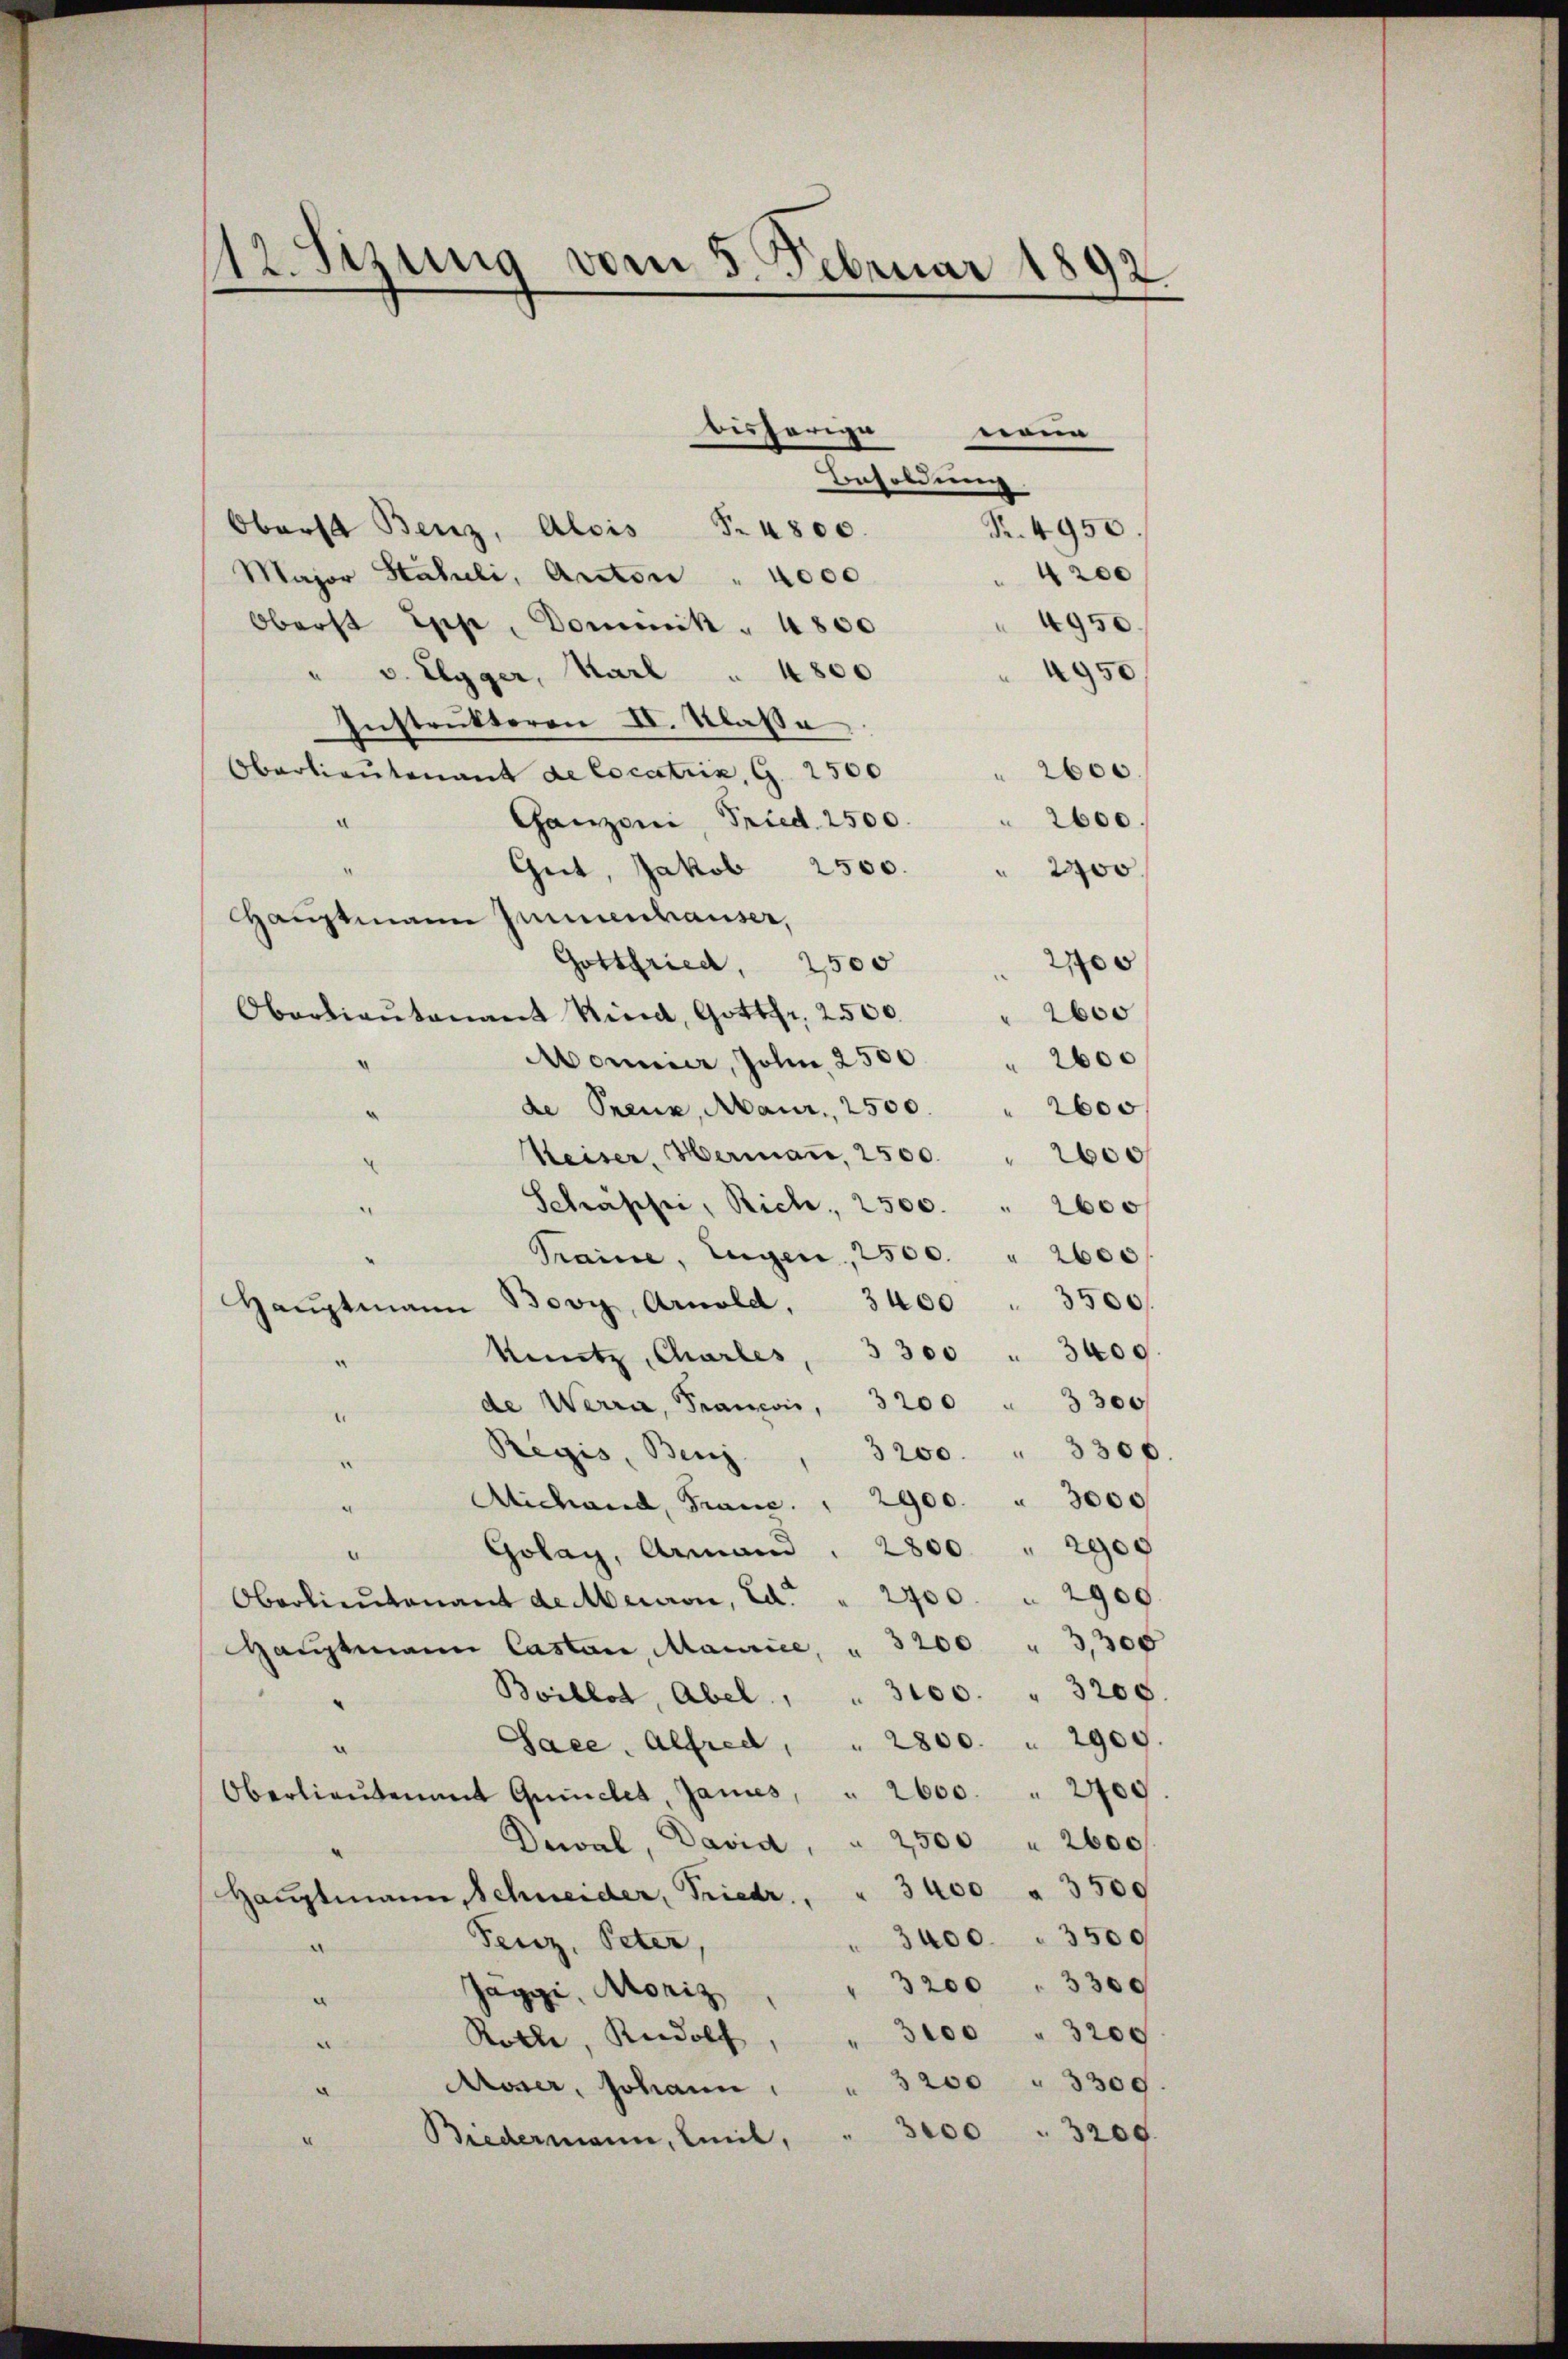
12. Sizung vom 5. Februar 1892

bisherige
wenn
Besoldung
Oberst Benz, Alois S. 4800.
R. 4950
r
Major Staheli, Anton " 4000
950
Oberst Epp, Dominik " 4800
4950
v. Elgger, Karl " 4800
Instrukteren II. Klasse.
Oberlieutenant de Cocatrix, G. 2500
 2600.
Ganzoni, Fried. 2500. " 2600.
“
Get, Jakob 2500.
2000
Hauptmann Jennenhauser,
2700
Gottfried. 2500
2600
Oberlieŭtenant Kind, Gottfr. 2500.
Monnier, John. 2500 " 2600
de Prenz, Maur. 2500. " 2600
Meiser, Hermaṅ, 2500 " 2600
Schäffer, Rich. 2500. " 2600 f
Traine, Eugen, 2500. " 2600
Bovy, Arnold, 3400 " 3500
Hauptmann
kintz, Charles, 3300 " 3400.
de Werra, Francois, 3200 " 3300
.
Regis, Benz
3200. " 3300.
Michand, Franc. " 2900. " 3000
Golay, Armand . 2800 " 2900
.
Oberlieŭtenant de Mauron, Ed. " 2700. " 2900
Haŭptmann Castan, Maurice " 3200 " 3,300
Boillot, Abel " " 3100. " 3200.
Sace. Alfred " 2800 " 2900
Oberlieŭtent Quinchet, James, " 2600 " 2700.
Dawal, David " 2500 " 2600
Haŭptmann Schneider, Friedr. " 3400 " 3500
3400. 3500
Fenz, Peter,
3200 " 3300
Jaggi, Moriz
3100 " 3200
Rolle, Rudolf
Moser, Johann " " 3200 " 3300.
3000 " 3200.
Biedermann, weil,